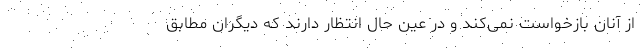
از آنان بازخواست نمی‌کند و در عین حال انتظار دارند که دیگران مطابق